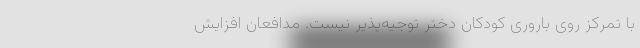
با تمرکز رویِ باروریِ کودکانِ دختر توجیه‌پذیر نیست. مدافعان افزایش